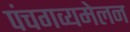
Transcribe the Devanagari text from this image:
पंचगव्यमेलन